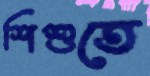
শিশুতে